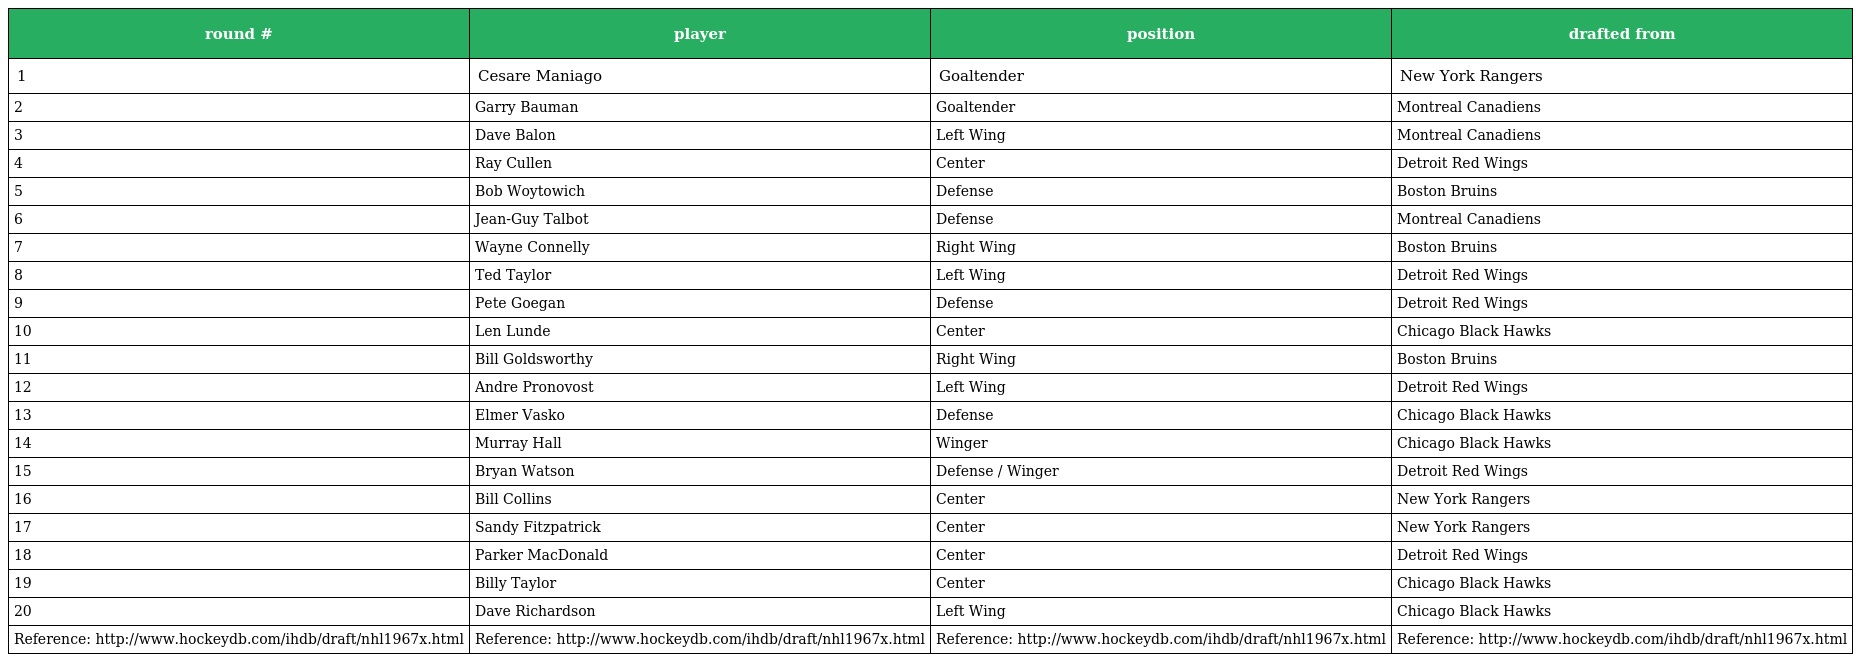
| round # | player | position | drafted from |
 | --- | --- | --- | --- |
 | 1 | Cesare Maniago | Goaltender | New York Rangers |
 | 2 | Garry Bauman | Goaltender | Montreal Canadiens |
 | 3 | Dave Balon | Left Wing | Montreal Canadiens |
 | 4 | Ray Cullen | Center | Detroit Red Wings |
 | 5 | Bob Woytowich | Defense | Boston Bruins |
 | 6 | Jean-Guy Talbot | Defense | Montreal Canadiens |
 | 7 | Wayne Connelly | Right Wing | Boston Bruins |
 | 8 | Ted Taylor | Left Wing | Detroit Red Wings |
 | 9 | Pete Goegan | Defense | Detroit Red Wings |
 | 10 | Len Lunde | Center | Chicago Black Hawks |
 | 11 | Bill Goldsworthy | Right Wing | Boston Bruins |
 | 12 | Andre Pronovost | Left Wing | Detroit Red Wings |
 | 13 | Elmer Vasko | Defense | Chicago Black Hawks |
 | 14 | Murray Hall | Winger | Chicago Black Hawks |
 | 15 | Bryan Watson | Defense / Winger | Detroit Red Wings |
 | 16 | Bill Collins | Center | New York Rangers |
 | 17 | Sandy Fitzpatrick | Center | New York Rangers |
 | 18 | Parker MacDonald | Center | Detroit Red Wings |
 | 19 | Billy Taylor | Center | Chicago Black Hawks |
 | 20 | Dave Richardson | Left Wing | Chicago Black Hawks |
 | Reference: http://www.hockeydb.com/ihdb/draft/nhl1967x.html | Reference: http://www.hockeydb.com/ihdb/draft/nhl1967x.html | Reference: http://www.hockeydb.com/ihdb/draft/nhl1967x.html | Reference: http://www.hockeydb.com/ihdb/draft/nhl1967x.html |